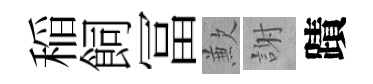
稲飼冨歉謝蹟